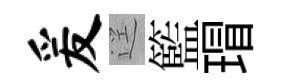
爰逕籃瑁